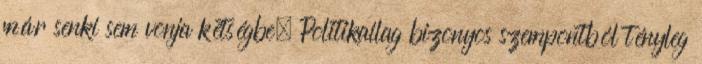
már senki sem vonja kétségbe. Politikailag bizonyos szempontból tényleg